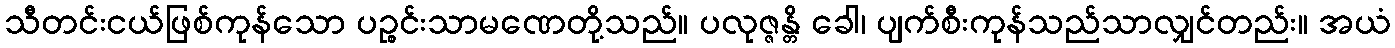
သီတင်းငယ်ဖြစ်ကုန်သော ပဉ္စင်းသာမဏေတို့သည်။ ပလုဇ္ဇန္တိ ခေါ၊ ပျက်စီးကုန်သည်သာလျှင်တည်း။ အယံ